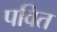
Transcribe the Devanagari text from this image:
पवित